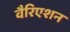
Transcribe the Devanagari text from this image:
वैरिएशन